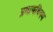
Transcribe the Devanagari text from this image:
प्रमाणधिक्य